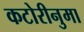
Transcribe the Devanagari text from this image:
कटोरीनुमा